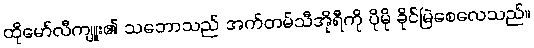
ထိုမော်လီကျူး၏ သဘောသည် အက်တမ်သီအိုရီကို ပိုမို ခိုင်မြဲစေလေသည်။